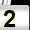
Digit: 2